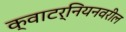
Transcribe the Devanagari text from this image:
क्वाटर्नियनवरील